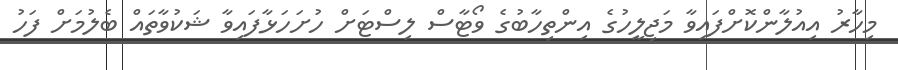
މިހާރު އިއުލާންކޮށްފައިވާ މަޖިލީހުގެ އިންތިހާބުގެ ވޯޓާސް ލިސްޓަށް ހުށަހަޅާފައިވާ ޝަކުވާތައް ބެލުމަށް ފަހު